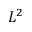
L ^ { 2 }